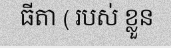
ធីតា ( របស់ ខ្លួន